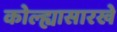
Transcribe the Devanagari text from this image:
कोल्ह्यासारखे